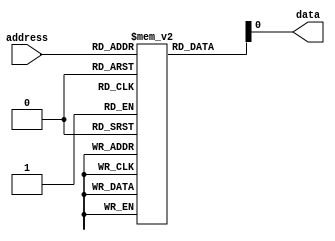
module PROM (
    input [7:0] address,
    output reg data
);

reg [7:0] memory [0:255]; // 256 memory cells

always @ (*) begin
    data = memory[address];
end

// Code for programming the PROM would go here

endmodule